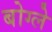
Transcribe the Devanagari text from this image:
बोग्ले